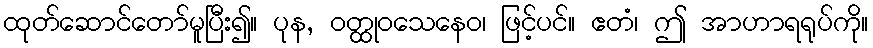
ထုတ်ဆောင်တော်မူပြီး၍။ ပုန, ဝတ္ထုဝသေနေဝ၊ ဖြင့်ပင်။ ဧတံ၊ ဤ အာဟာရရုပ်ကို။